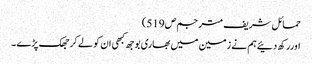
حمائل شریف مترجم ص519)
اوررکھ دئیےہم نے زمین میں بھاری بوجھ کبھی ان کو لے کر جھک پڑے ۔